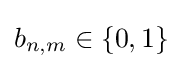
b_{n,m}\in \lbrace 0,1\rbrace